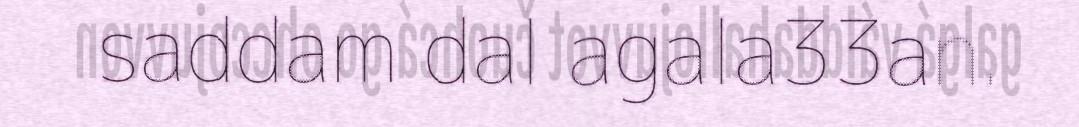
saddam dal agala33an.